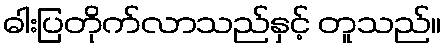
ဓါးပြတိုက်လာသည်နှင့် တူသည်။